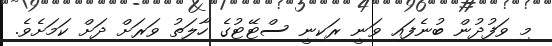
މި ވަފުދުން ބުނެފައި ވަނީ ރަކިނީ ސްޓޭޓުގެ ހާލަތު ވަރަށް ދަށް ކަމަށެވެ.